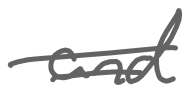
Text: and
Cross-out: double-line
Writing tool: digital_gray